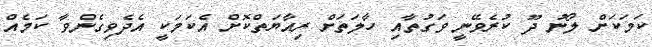
ކަމަކަށް ލޯނު ދޫ ކުރެވޭނީ ވަގުތާއި ހާލަތަށް ރިއާޔަތްކޮށް އެކަމަކީ އެދެވިގެންވާ ކަމެއް